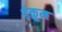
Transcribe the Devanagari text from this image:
इंकूम